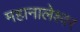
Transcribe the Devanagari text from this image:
महानालेश्वर